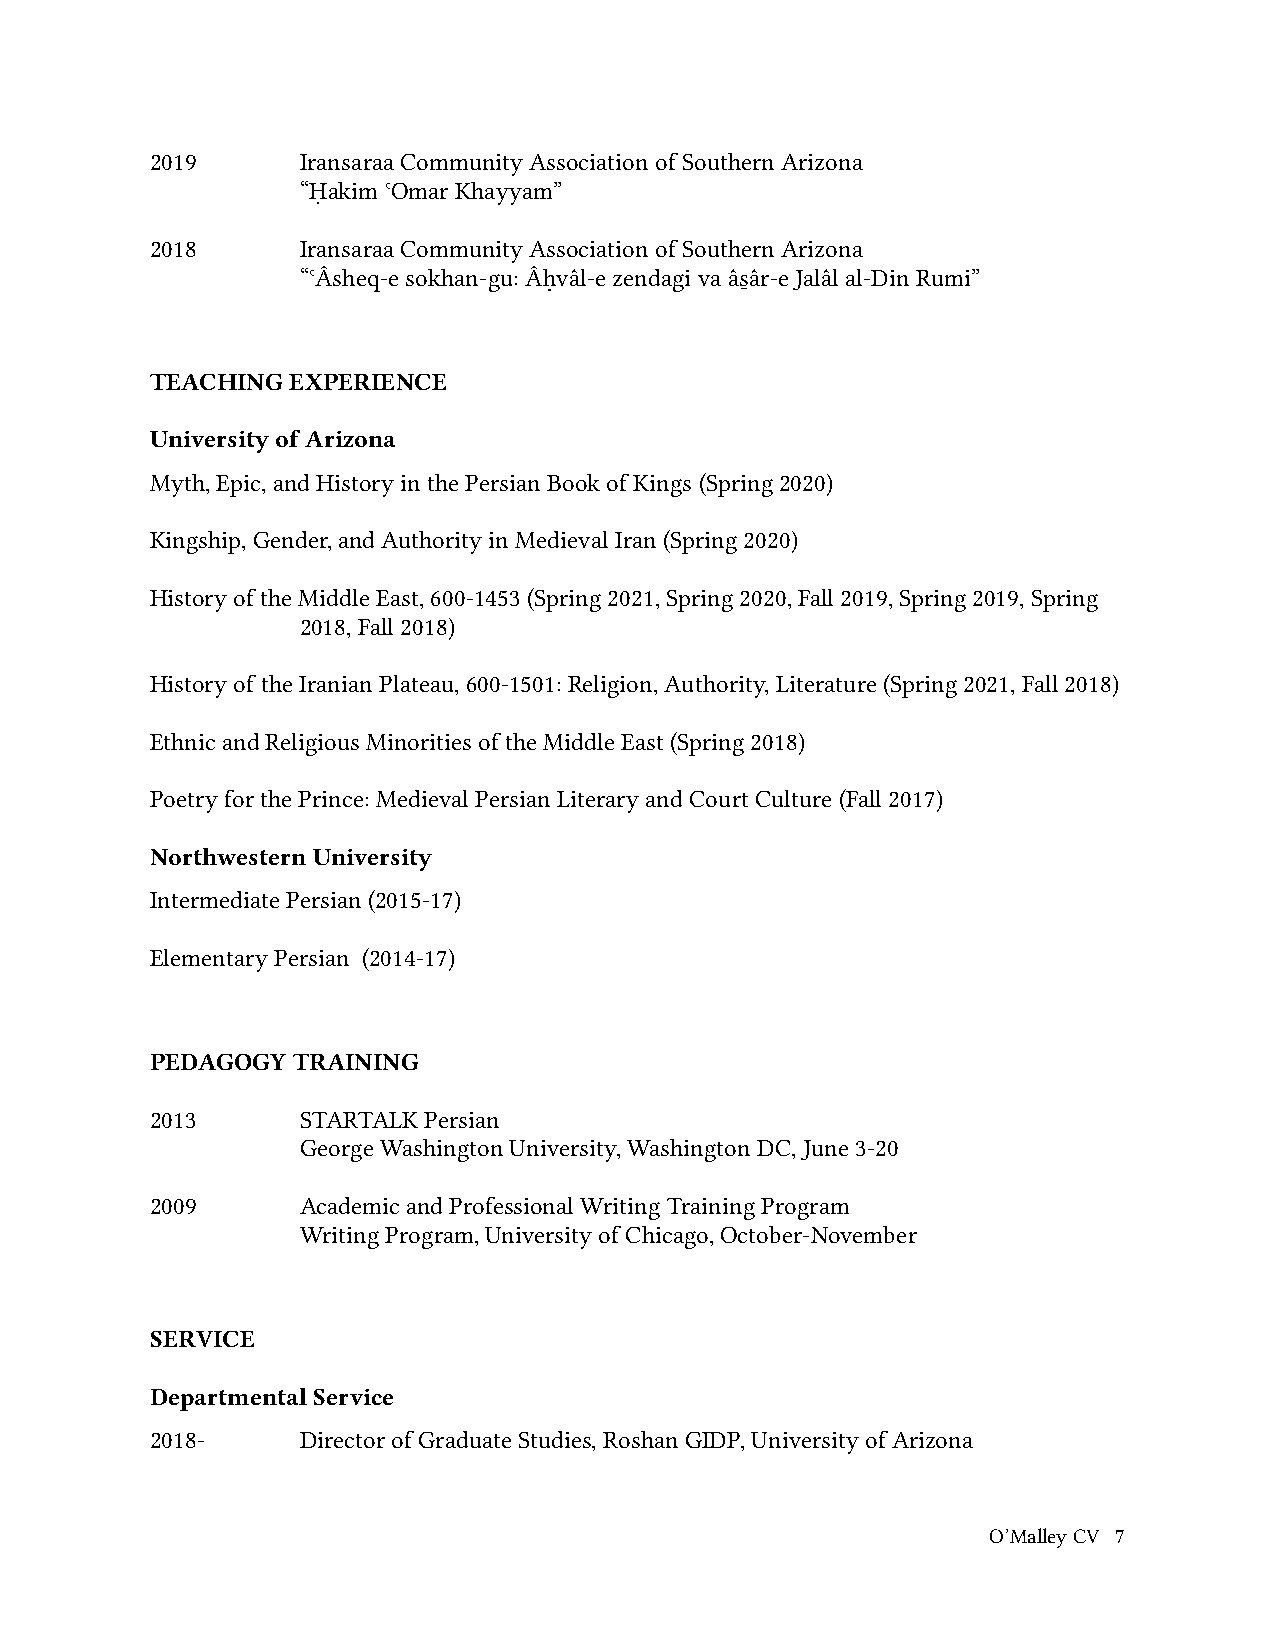
2019      Iransaraa Community Association of Southern Arizona
 “Ḥakim ʿOmar Khayyam”
 2018      Iransaraa Community Association of Southern Arizona
 “ʿÂsheq-e sokhan-gu: Âḥvâl-e zendagi va âsâ̱ r-e Jalâl al-Din Rumi”
 TEACHING EXPERIENCE
 University of Arizona
 Myth, Epic, and History in the Persian Book of Kings (Spring 2020)
 Kingship, Gender, and Authority in Medieval Iran (Spring 2020)
 History of the Middle East, 600-1453 (Spring 2021, Spring 2020, Fall 2019, Spring 2019, Spring
 2018, Fall 2018)
 History of the Iranian Plateau, 600-1501: Religion, Authority, Literature (Spring 2021, Fall 2018)
 Ethnic and Religious Minorities of the Middle East (Spring 2018)
 Poetry for the Prince: Medieval Persian Literary and Court Culture (Fall 2017)
 Northwestern University
 Intermediate Persian (2015-17)
 Elementary Persian (2014-17)
 PEDAGOGY TRAINING
 2013      STARTALK Persian
 George Washington University, Washington DC, June 3-20
 2009      Academic and Professional Writing Training Program
 Writing Program, University of Chicago, October-November
 SERVICE
 Departmental Service
 2018-     Director of Graduate Studies, Roshan GIDP, University of Arizona
 O’Malley CV 7